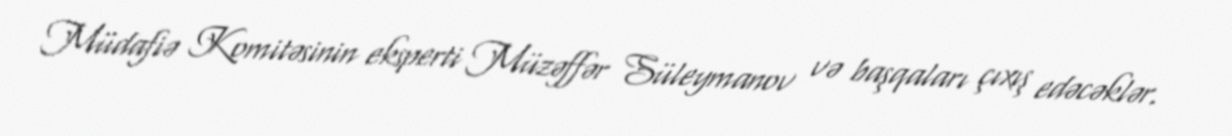
Müdafiə Komitəsinin eksperti Müzəffər Süleymanov və başqaları çıxış edəcəklər.